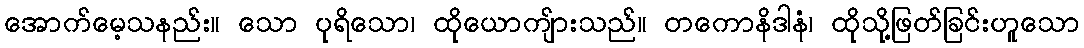
အောက်မေ့သနည်း။ သော ပုရိသော၊ ထိုယောကျ်ားသည်။ တကောနိဒါနံ၊ ထိုသို့ဖြတ်ခြင်းဟူသော